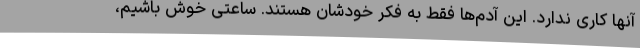
آنها کاری ندارد. این آدم‌ها فقط به فکر خودشان هستند. ساعتی خوش باشیم،